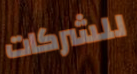
للشركات